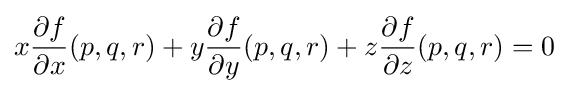
x{\partial f \over \partial x}(p,q,r)+y{\partial f \over \partial y}(p,q,r)+z{\partial f \over \partial z}(p,q,r)=0